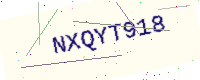
Text: NXQYT918